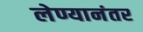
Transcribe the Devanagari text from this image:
लेण्यानंतर